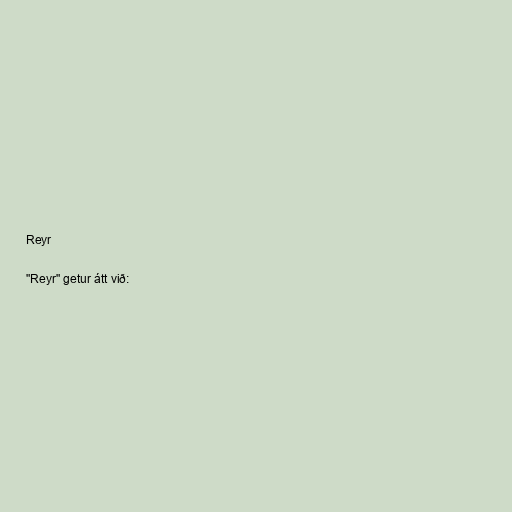
Reyr

"Reyr" getur átt við: